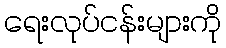
ရေးလုပ်ငန်းများကို